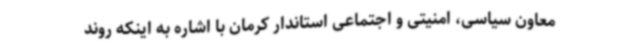
معاون سیاسی، امنیتی و اجتماعی استاندار کرمان با اشاره به اینکه روند